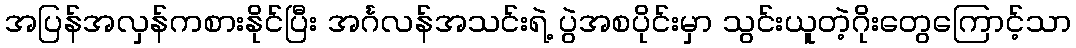
အပြန်အလှန်ကစားနိုင်ပြီး အင်္ဂလန်အသင်းရဲ့ ပွဲအစပိုင်းမှာ သွင်းယူတဲ့ဂိုးတွေကြောင့်သာ